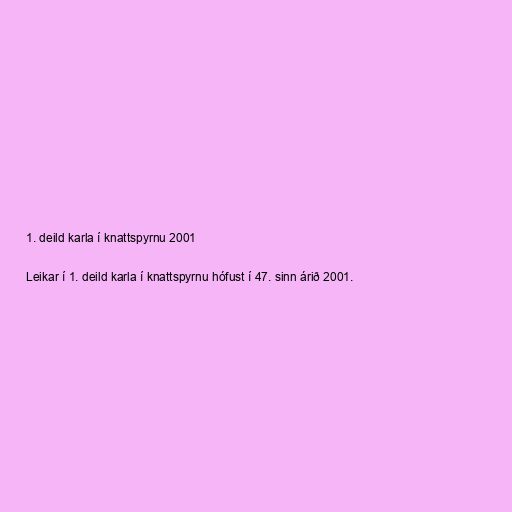
1. deild karla í knattspyrnu 2001

Leikar í 1. deild karla í knattspyrnu hófust í 47. sinn árið 2001.